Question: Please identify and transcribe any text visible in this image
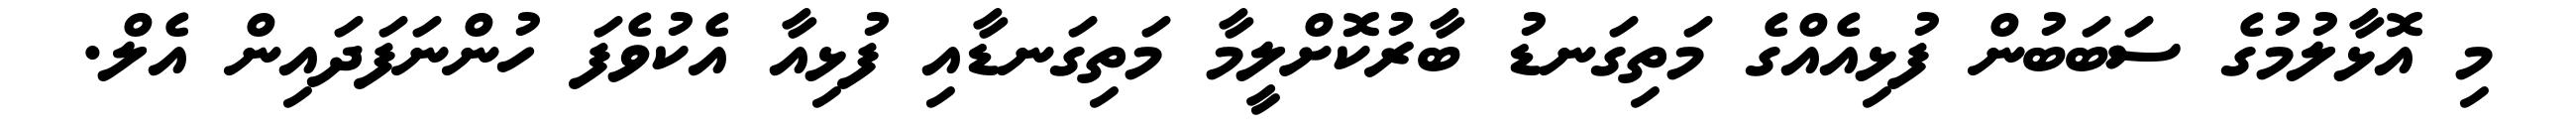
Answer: މި އޮޅާލުމުގެ ސަބަބުން ފުޅިއެއްގެ މަތިގަނޑު ބާރުކޮށްލީމާ މަތިގަނޑާއި ފުޅިއާ އެކުވެފަ ހުންނަފަދައިން އެލް.